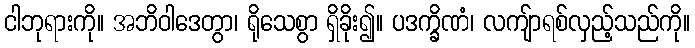
ငါဘုရားကို။ အဘိဝါဒေတွာ၊ ရိုသေစွာ ရှိခိုး၍။ ပဒက္ခိဏံ၊ လကျ်ာရစ်လှည့်သည်ကို။